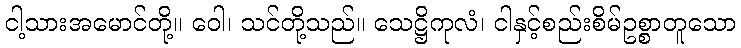
ငါ့သားအမောင်တို့။ ဝေါ၊ သင်တို့သည်။ သေဋ္ဌိကုလံ၊ ငါနှင့်စည်းစိမ်ဥစ္စာတူသော